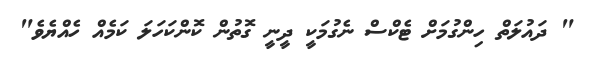
" ދައުލަތް ހިންގުމަށް ޓެކްސް ނެގުމަކީ ދީނީ ގޮތުން ކޮންކަހަލަ ކަމެއް ހެއްޔެވެ"